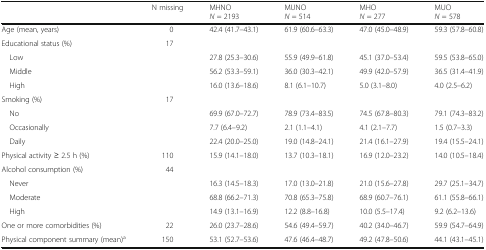
<table><thead><tr><td>[EMPTY_CELL]</td><td><b>N missing</b></td><td><b>MHNO<i>N</i> = 2193</b></td><td><b>MUNO<i>N</i> = 514</b></td><td><b>MHO<i>N</i> = 277</b></td><td><b>MUO<i>N</i> = 578</b></td></tr></thead><tbody><tr><td>Age (mean, years)</td><td>0</td><td>42.4 (41.7–43.1)</td><td>61.9 (60.6–63.3)</td><td>47.0 (45.0–48.9)</td><td>59.3 (57.8–60.8)</td></tr><tr><td>Educational status (%)</td><td>17</td><td>[EMPTY_CELL]</td><td>[EMPTY_CELL]</td><td>[EMPTY_CELL]</td><td>[EMPTY_CELL]</td></tr><tr><td> Low</td><td>[EMPTY_CELL]</td><td>27.8 (25.3–30.6)</td><td>55.9 (49.9–61.8)</td><td>45.1 (37.0–53.4)</td><td>59.5 (53.8–65.0)</td></tr><tr><td> Middle</td><td>[EMPTY_CELL]</td><td>56.2 (53.3–59.1)</td><td>36.0 (30.3–42.1)</td><td>49.9 (42.0–57.9)</td><td>36.5 (31.4–41.9)</td></tr><tr><td> High</td><td>[EMPTY_CELL]</td><td>16.0 (13.6–18.6)</td><td>8.1 (6.1–10.7)</td><td>5.0 (3.1–8.0)</td><td>4.0 (2.5–6.2)</td></tr><tr><td>Smoking (%)</td><td>17</td><td>[EMPTY_CELL]</td><td>[EMPTY_CELL]</td><td>[EMPTY_CELL]</td><td>[EMPTY_CELL]</td></tr><tr><td> No</td><td>[EMPTY_CELL]</td><td>69.9 (67.0–72.7)</td><td>78.9 (73.4–83.5)</td><td>74.5 (67.8–80.3)</td><td>79.1 (74.3–83.2)</td></tr><tr><td> Occasionally</td><td>[EMPTY_CELL]</td><td>7.7 (6.4–9.2)</td><td>2.1 (1.1–4.1)</td><td>4.1 (2.1–7.7)</td><td>1.5 (0.7–3.3)</td></tr><tr><td> Daily</td><td>[EMPTY_CELL]</td><td>22.4 (20.0–25.0)</td><td>19.0 (14.8–24.1)</td><td>21.4 (16.1–27.9)</td><td>19.4 (15.5–24.1)</td></tr><tr><td>Physical activity ≥ 2.5 h (%)</td><td>110</td><td>15.9 (14.1–18.0)</td><td>13.7 (10.3–18.1)</td><td>16.9 (12.0–23.2)</td><td>14.0 (10.5–18.4)</td></tr><tr><td>Alcohol consumption (%)</td><td>44</td><td>[EMPTY_CELL]</td><td>[EMPTY_CELL]</td><td>[EMPTY_CELL]</td><td>[EMPTY_CELL]</td></tr><tr><td> Never</td><td>[EMPTY_CELL]</td><td>16.3 (14.5–18.3)</td><td>17.0 (13.0–21.8)</td><td>21.0 (15.6–27.8)</td><td>29.7 (25.1–34.7)</td></tr><tr><td> Moderate</td><td>[EMPTY_CELL]</td><td>68.8 (66.2–71.3)</td><td>70.8 (65.3–75.8)</td><td>68.9 (60.7–76.1)</td><td>61.1 (55.8–66.1)</td></tr><tr><td> High</td><td>[EMPTY_CELL]</td><td>14.9 (13.1–16.9)</td><td>12.2 (8.8–16.8)</td><td>10.0 (5.5–17.4)</td><td>9.2 (6.2–13.6)</td></tr><tr><td>One or more comorbidities (%)</td><td>22</td><td>26.0 (23.7–28.6)</td><td>54.6 (49.4–59.7)</td><td>40.2 (34.0–46.7)</td><td>59.9 (54.7–64.9)</td></tr><tr><td>Physical component summary (mean)<sup>a</sup></td><td>150</td><td>53.1 (52.7–53.6)</td><td>47.6 (46.4–48.7)</td><td>49.2 (47.8–50.6)</td><td>44.1 (43.1–45.1)</td></tr></tbody></table>